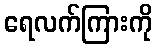
ရေလက်ကြားကို